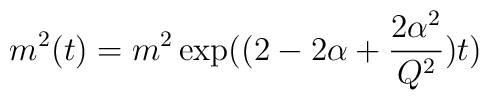
m^2(t)=m^2\exp((2-2\alpha+\frac{2\alpha^2}{Q^2})t)